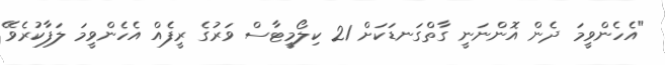
"އެހެންވީމަ ދެން އޮންނަނީ ގާތްގަނޑަކަށް 21 ކިލޯމީޓާސް ވަރުގެ ރީފެއް އެހެންވީމަ ލަފާކުރެވޭ